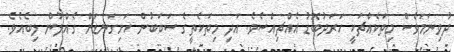
ދުވިނަމަވެސް މިތަކެއްޗަކީ ހަރަދުބޮޑު އެއްޗިއްސެވެ. އަދި މިތަކެތީގެ ސަބަބުން ހަށިގަނޑަށް ގެއްލުން ލިބެއެވެ.